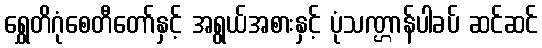
ရွှေတိဂုံစေတီတော်နှင့် အရွယ်အစားနှင့် ပုံသဏ္ဌာန်ပါခပ် ဆင်ဆင်